Plague in India, 1896, 1897 - Volume 2
Year: 1896
Disease focus: Plague
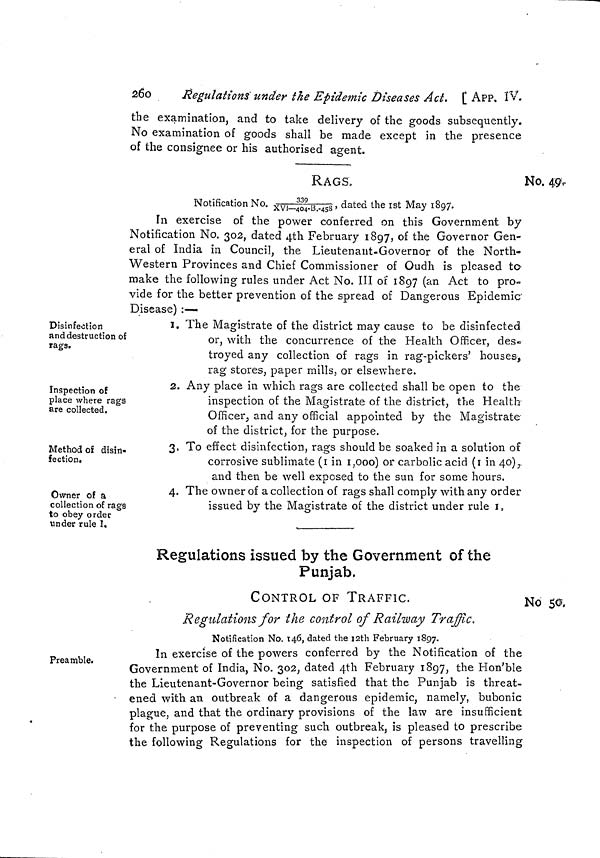
26o
Regulations under the Epidemic Diseases Act. [ APP. IV.
the examination, and to take delivery of the goods subsequently.
No examination of goods shall be made except in the presence
of the consignee or his authorised agent.
RAGS.
No. 49,
Notification No. 339/XVI-404-B.-458, dated the Ist May l8 97.
In exercise of the power conferred on this Government by
Notification No. 302, dated 4th February 1897, of the Governor Gen-
eral of India in Council, the Lieutenant-Governor of the North»
Western Provinces and Chief Commissioner of Oudh is pleased to
make the following rules under Act No. III of 1897 (an Act to pro-
vide for the better prevention of the spread of Dangerous Epidemic
Disease) :—
Disinfection
and destruction of
rags.
1. The Magistrate of the district may cause to be disinfected
or, with the concurrence of the Health Officer, des-
troyed any collection of rags in rag-pickers' houses,
rag stores, paper mills, or elsewhere.
Inspection of
place where rags
are collected.
'
A
U
'
2. Any place in which rags are collected shall be open to the
inspection of the Magistrate of the district, the Health
Officer, and any official appointed by the Magistrate
of the district, for the purpose.
Method of disin-
fection.
3. To effect disinfection, rags should be soaked in a solution of
corrosive sublimate (1 in 1,000) or carbolic acid (1 in 40),.
and then be well exposed to the sun for some hours.
Owner of a
collection of rags
to obey order
under rule I.
4. The owner of a collection of rags shall comply with any order
issued by the Magistrate of the district under rule 1.
Regulations issued by the Government of the
Punjab.
CONTROL OF TRAFFIC.
No 50.
Regulations for the control of Railway Traffic,
Notification No. 146, dated the I2th February 1897.
Preamble.
In exercise of the powers conferred by the Notification of the
Government of India, No. 302, dated 4th February 1897, the Hon'ble
the Lieutenant-Governor being satisfied that the Punjab is threat-
• ened with an outbreak of a dangerous epidemic, namely, bubonic
plague, and that the ordinary provisions of the law are insufficient
for the purpose of preventing such outbreak, is pleased to prescribe
the following Regulations for the inspection of persons travelling